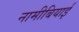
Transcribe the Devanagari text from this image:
नामीबियाई